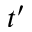
t ^ { \prime }